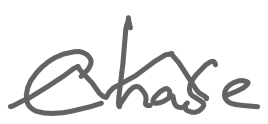
Text: Chase
Cross-out: zig-zag
Writing tool: digital_gray